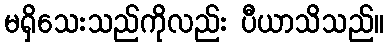
မရှိသေးသည်ကိုလည်း ပီယာသိသည်။